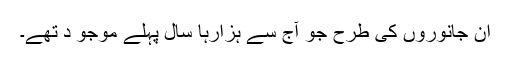
ان جانوروں کی طرح جو آج سے ہزارہا سال پہلے موجو د تھے۔